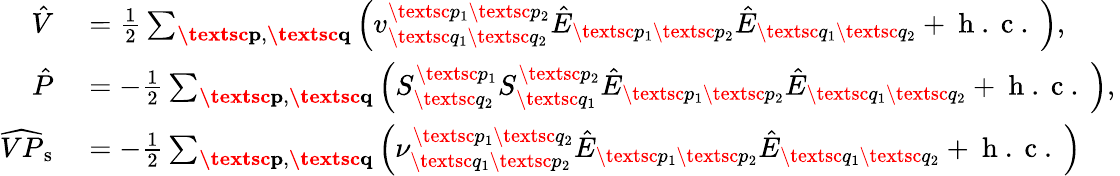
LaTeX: \begin{array}{rl}{\hat{V}}&{{}=\frac{1}{2}\sum_{\textbf{\textsc{p}},\textbf{\textsc{q}}}\left(v_{\textsc{q}_{1}\textsc{q}_{2}}^{\textsc{p}_{1}\textsc{p}_{2}}\hat{E}_{\textsc{p}_{1}\textsc{p}_{2}}\hat{E}_{\textsc{q}_{1}\textsc{q}_{2}}+\mathrm{~h~.~c~.~}\right),}\\ {\hat{P}}&{{}=-\frac{1}{2}\sum_{\substack{\textbf{\textsc{p}},\textbf{\textsc{q}}}}\left(S_{\textsc{q}_{2}}^{\textsc{p}_{1}}S_{\textsc{q}_{1}}^{\textsc{p}_{2}}\hat{E}_{\textsc{p}_{1}\textsc{p}_{2}}\hat{E}_{\textsc{q}_{1}\textsc{q}_{2}}+\mathrm{~h~.~c~.~}\right),\, }\\ {\widehat{VP}_{\mathrm{s}}}&{{}=-\frac{1}{2}\sum_{\substack{\textbf{\textsc{p}},\textbf{\textsc{q}}}}\left(\nu_{\textsc{q}_{1}\textsc{p}_{2}}^{\textsc{p}_{1}\textsc{q}_{2}}\hat{E}_{\textsc{p}_{1}\textsc{p}_{2}}\hat{E}_{\textsc{q}_{1}\textsc{q}_{2}}+\mathrm{~h~.~c~.~}\right)}\end{array}